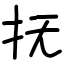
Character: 抚